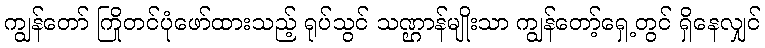
ကျွန်တော် ကြိုတင်ပုံဖော်ထားသည့် ရုပ်သွင် သဏ္ဌာန်မျိုးသာ ကျွန်တော့်ရှေ့တွင် ရှိနေလျှင်